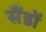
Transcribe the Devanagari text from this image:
सैंडों